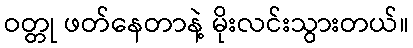
ဝတ္တု ဖတ်နေတာနဲ့ မိုးလင်းသွားတယ်။